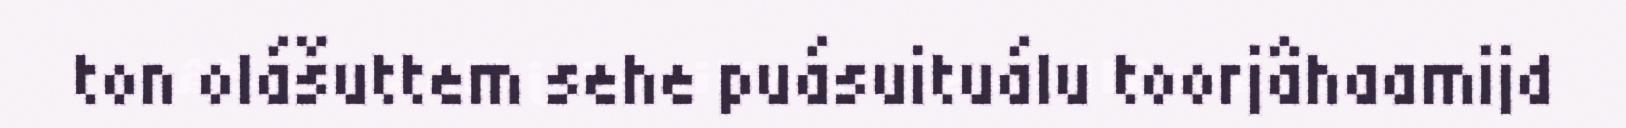
ton olášuttem sehe puásuituálu toorjâhaamijd